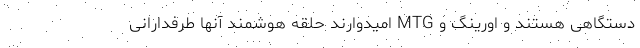
دستگاهی هستند و اورینگ و MTG امیدوارند حلقه هوشمند آنها طرفدارانی